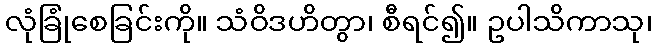
လုံခြုံစေခြင်းကို။ သံဝိဒဟိတွာ၊ စီရင်၍။ ဥပါသိကာသု၊